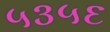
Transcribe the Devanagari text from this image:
५३५६